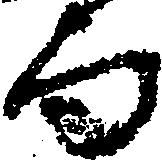
而